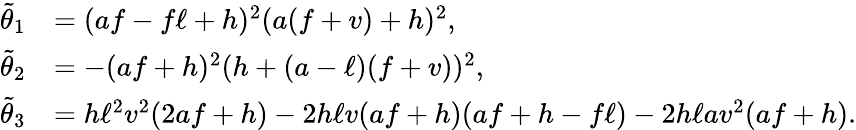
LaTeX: \begin{array}{rl}{\tilde{\theta}_{1}}&{=(af-f\ell+h)^{2}(a(f+v)+h)^{2},}\\ {\tilde{\theta}_{2}}&{=-(af+h)^{2}(h+(a-\ell)(f+v))^{2},}\\ {\tilde{\theta}_{3}}&{=h\ell^{2}v^{2}(2af+h)-2h\ell v(af+h)(af+h-f\ell)-2h\ell av^{2}(af+h).}\end{array}